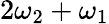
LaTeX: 2\omega_{2}+\omega_{1}